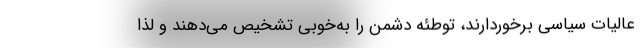
عالیات سیاسی برخوردارند، توطئه دشمن را به‌خوبی تشخیص می‌دهند و لذا